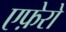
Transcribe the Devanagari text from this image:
एफ़ेरो